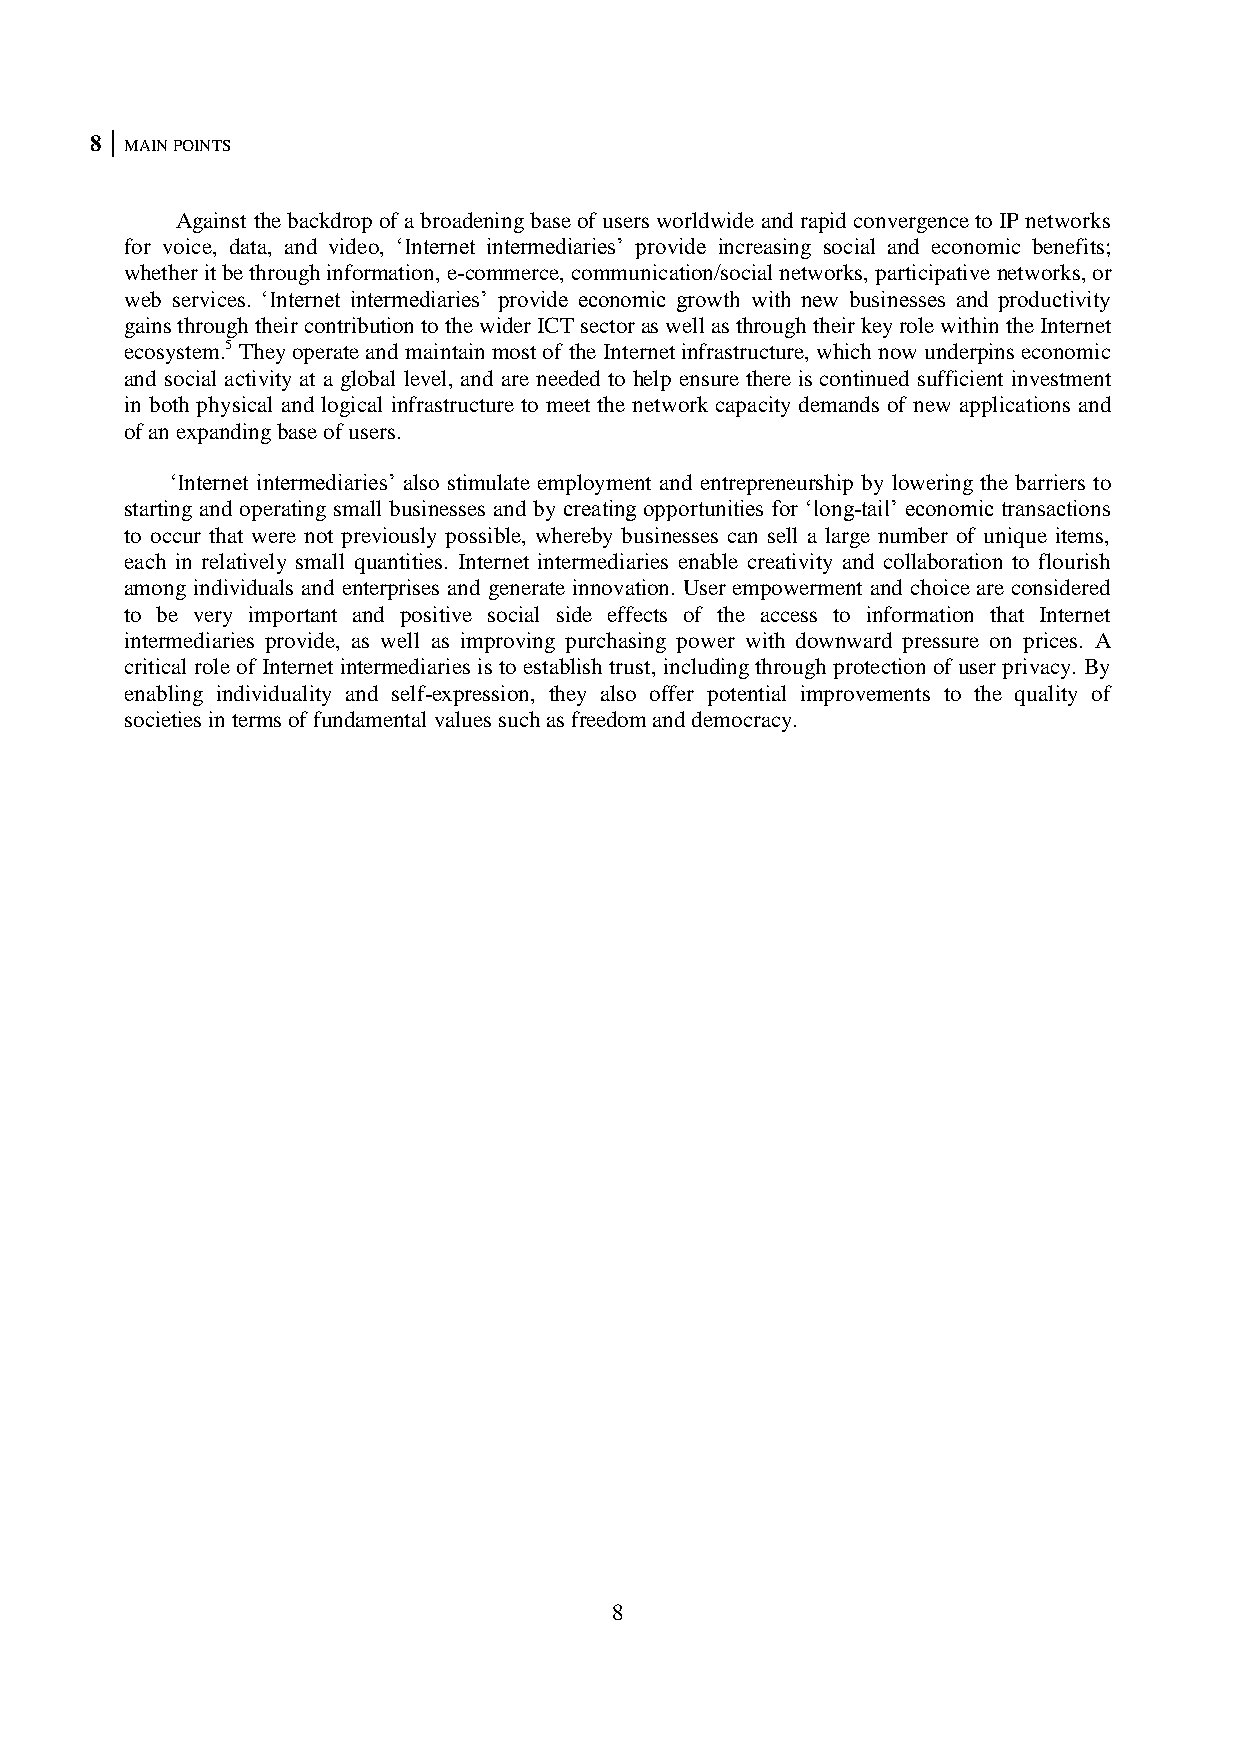
8 MAIN POINTS
 Against the backdrop of a broadening base of users worldwide and rapid convergence to IP networks
 for voice, data, and video, ‗Internet intermediaries‘ provide increasing social and economic benefits;
 whether it be through information, e-commerce, communication/social networks, participative networks, or
 web services. ‗Internet intermediaries‘ provide economic growth with new businesses and productivity
 gains through their contribution to the wider ICT sector as well as through their key role within the Internet
 ecosystem.5 They operate and maintain most of the Internet infrastructure, which now underpins economic
 and social activity at a global level, and are needed to help ensure there is continued sufficient investment
 in both physical and logical infrastructure to meet the network capacity demands of new applications and
 of an expanding base of users.
 ‗Internet intermediaries‘ also stimulate employment and entrepreneurship by lowering the barriers to
 starting and operating small businesses and by creating opportunities for ‗long-tail‘ economic transactions
 to occur that were not previously possible, whereby businesses can sell a large number of unique items,
 each in relatively small quantities. Internet intermediaries enable creativity and collaboration to flourish
 among individuals and enterprises and generate innovation. User empowerment and choice are considered
 to be very important and positive social side effects of the access to information that Internet
 intermediaries provide, as well as improving purchasing power with downward pressure on prices. A
 critical role of Internet intermediaries is to establish trust, including through protection of user privacy. By
 enabling individuality and self-expression, they also offer potential improvements to the quality of
 societies in terms of fundamental values such as freedom and democracy.
 8